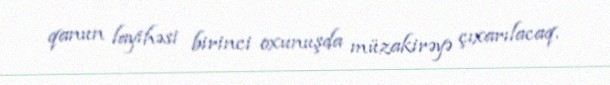
qanun layihəsi birinci oxunuşda müzakirəyə çıxarılacaq.